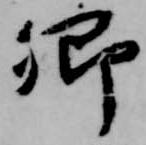
郷